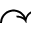
\curvearrowright